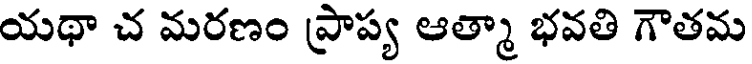
యథా చ మరణం ప్రాప్య ఆత్మా భవతి గౌతమ